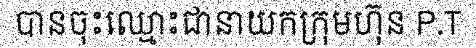
បានចុះឈ្មោះជានាយកក្រុមហ៊ុន P.T